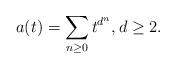
LaTeX: \begin{align*}a(t)=\sum_{n\geq 0}t^{d^n},d\geq 2.\end{align*}